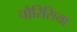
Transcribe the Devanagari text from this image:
चौरिसिया